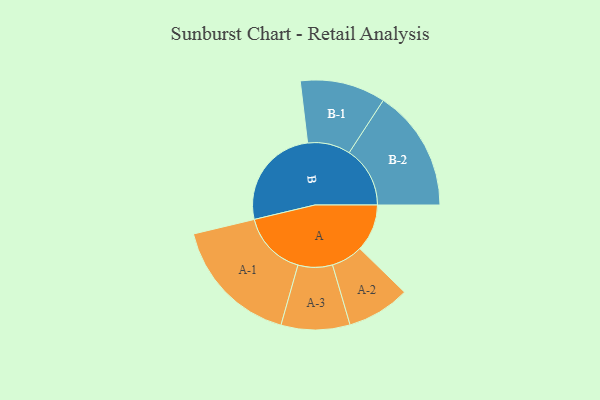
{"axis": {"x": "Segment", "y": "Value"}, "legend": ["", "A", "B"], "data": [{"x": "A", "y": 216, "type": ""}, {"x": "B", "y": 472, "type": ""}, {"x": "A-1", "y": 297, "type": "A"}, {"x": "A-2", "y": 144, "type": "A"}, {"x": "A-3", "y": 157, "type": "A"}, {"x": "B-1", "y": 195, "type": "B"}, {"x": "B-2", "y": 278, "type": "B"}]}